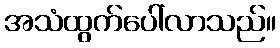
အသံထွက်ပေါ်လာသည်။